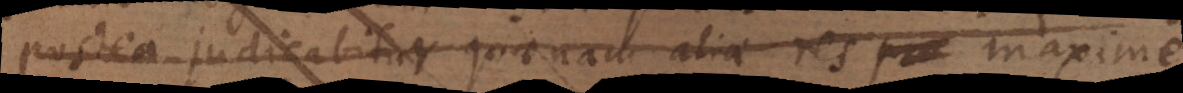
postea judicabitur quaenam aliae res prae maxime